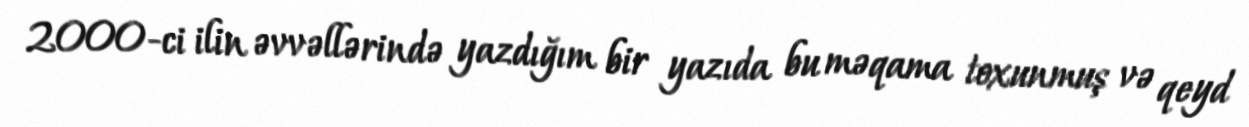
2000-ci ilin əvvəllərində yazdığım bir yazıda bu məqama toxunmuş və qeyd